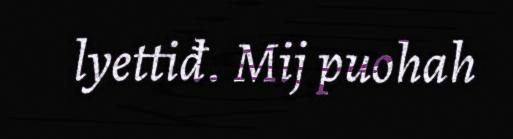
lyettiđ. Mij puohah